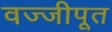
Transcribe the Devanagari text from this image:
वज्जीपूत